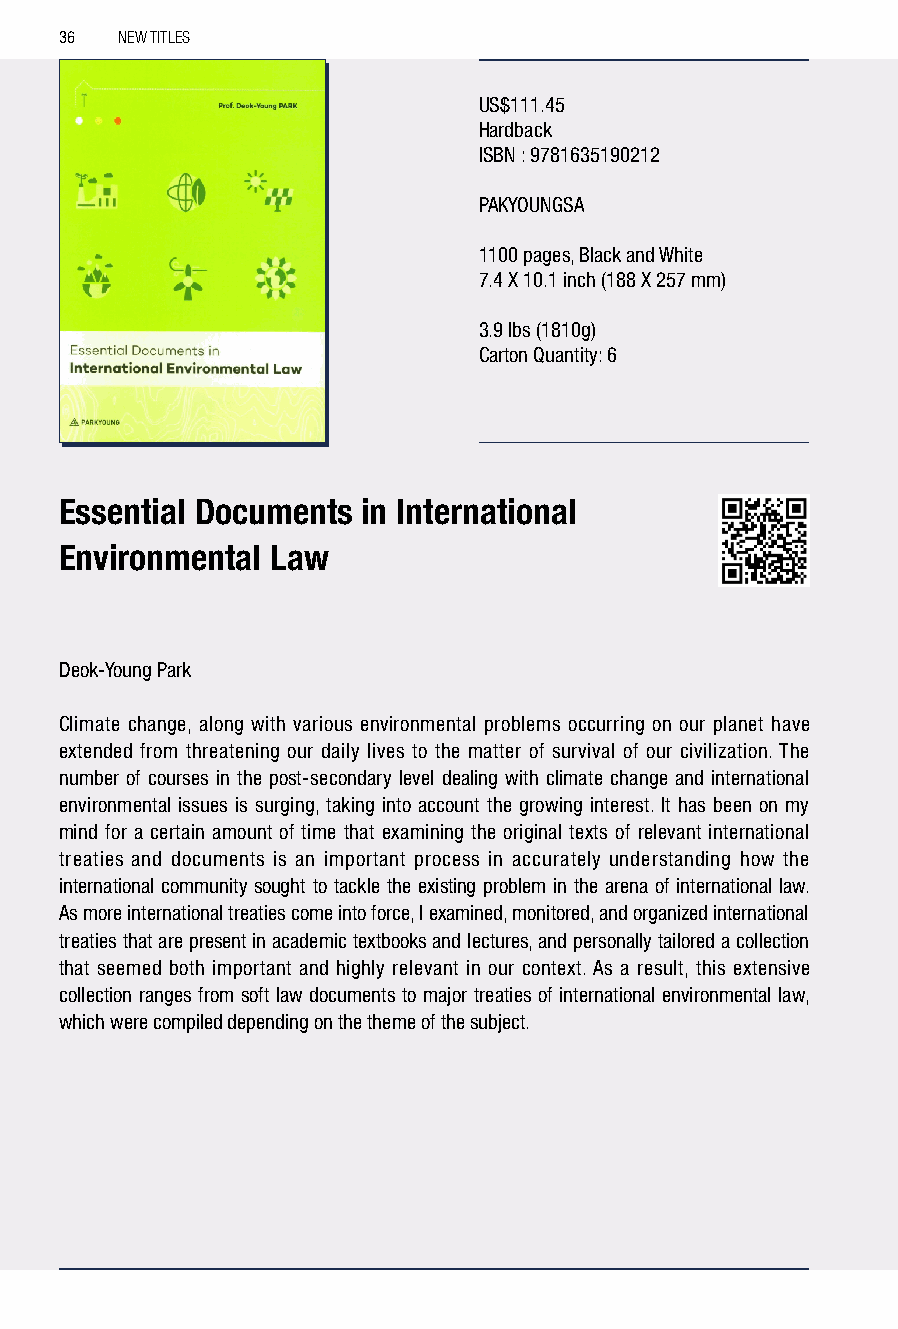
36  NEW TITLES
 US$111.45
 Hardback
 ISBN : 9781635190212
 PAKYOUNGSA
 1100 pages, Black and White
 7.4 X 10.1 inch (188 X 257 mm)
 3.9 lbs (1810g)
 Carton Quantity: 6
 Essential Documents in International
 Environmental Law
 Deok-Young Park
 Climate change, along with various environmental problems occurring on our planet have
 extended from threatening our daily lives to the matter of survival of our civilization. The
 number of courses in the post-secondary level dealing with climate change and international
 environmental issues is surging, taking into account the growing interest. It has been on my
 mind for a certain amount of time that examining the original texts of relevant international
 treaties and documents is an important process in accurately understanding how the
 international community sought to tackle the existing problem in the arena of international law.
 As more international treaties come into force, I examined, monitored, and organized international
 treaties that are present in academic textbooks and lectures, and personally tailored a collection
 that seemed both important and highly relevant in our context. As a result, this extensive
 collection ranges from soft law documents to major treaties of international environmental law,
 which were compiled depending on the theme of the subject.